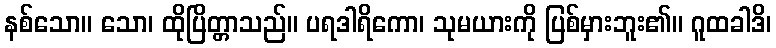
နစ်သော။ သော၊ ထိုပြိတ္တာသည်။ ပရဒါရိကော၊ သုမယားကို ပြစ်မှားဘူး၏။ ဂူထခါဒိ၊